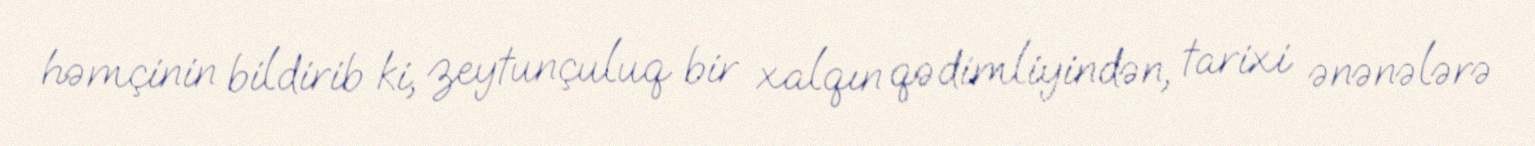
həmçinin bildirib ki, zeytunçuluq bir xalqın qədimliyindən, tarixi ənənələrə